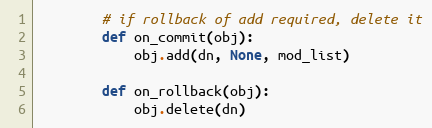
Language: Python
        # if rollback of add required, delete it
        def on_commit(obj):
            obj.add(dn, None, mod_list)

        def on_rollback(obj):
            obj.delete(dn)